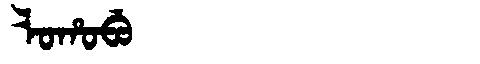
Manchu: ᠯᠣᡥᠣᠪᡠ
Romanization: LOHOBU